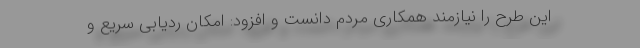
این طرح را نیازمند همکاری مردم دانست و افزود: امکان ردیابی سریع و